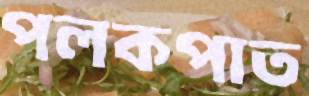
পলকপাত